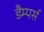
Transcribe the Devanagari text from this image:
डैम्पर्स